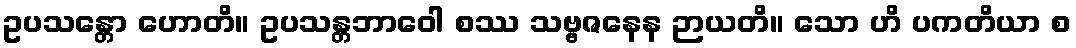
ဥပသန္တော ဟောတိ။ ဥပသန္တဘာဝေါ စဿ သဗ္ဗဇနေန ဉာယတိ။ သော ဟိ ပကတိယာ စ